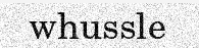
whussle